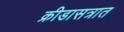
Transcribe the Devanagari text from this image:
क्रीडासत्रात